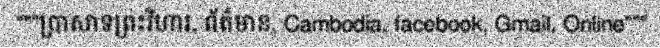
"""ប្រាសាទព្រះវិហារ, ព័ត៌មាន, Cambodia, facebook, Gmail, Online"""